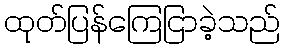
ထုတ်ပြန်ကြေငြာခဲ့သည်